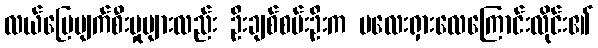
လယ်မြေပျက်စီးမှုများလည်း ဦးချစ်စမ်းဦးက မလေးရှားလေကြောင်းလိုင်း၏